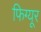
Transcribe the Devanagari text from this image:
फिग्यूर